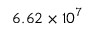
6 . 6 2 \times 1 0 ^ { 7 }